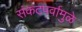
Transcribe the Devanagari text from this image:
संकटपर्वामुळे